Civil Veterinary Dept. North-West Frontier Province 1901-22 - 1901-1922
Year: 1901
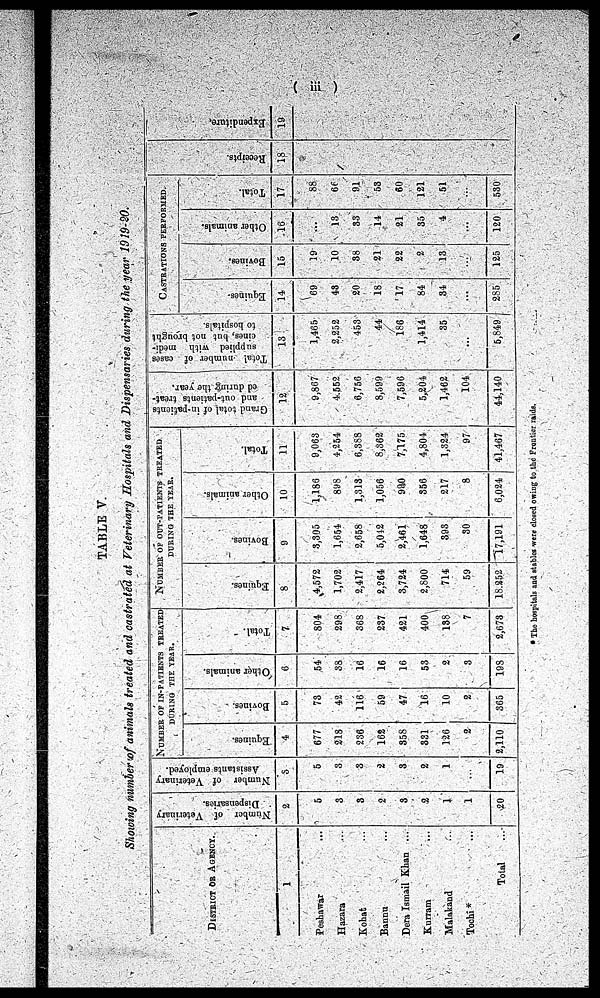
(iii)
TABLE V.
Showing number of animals treated and castrated at Veterinary Hospitals and Dispensaries during the year 1919-20.
DISTRICT OR AGENCY.
1
Peshawar ...
Hazara ...
Kohat ...
Bannu ...
Dera Ismail Khan ...
Kurram
...
Malakand ...
Tochi* ...
Total ...
Number of Veterinary
Dispensaries.
2
5
3
3
2
3
2
1
1
20
Number of Veterinary
Assistants employed.
3
5
3
3
2
3
2
1
...
19
NUMBER OF IN-PATIENTS TREATED
DURING THE YEAR.
Equines.
4
677
218
236
162
358
331
126
2
2,110
Bovines.
5
73
42
116
59
47
16
10
2
365
Other animals.
6
54
38
16
16
16
53
2
3
198
Total.
7
804
298
368
237
421
400
138
7
2,673
NUMBER OF OUT-PATIENTS TREATED
DURING THE YEAR.
Equines.
8
4,572
1,702
2,417
2,264
3,724
2,800
714
59
18,252
Bovines.
9
3,305
1,654
2,658
5,012
2,461
1,648
393
30
17,191
Other animals.
10
1,186
898
1,313
1,056
990
356
217
8
6,024
Total.
11
9,063
4,254
6,388
8,362
7,175
4,804
1,324
97
41,467
Grand total of in-patients
and out-patients treat-
ed during the year.
12
9,867
4,552
6,756
8,599
7,596
5,204
1,462
104
44,140
Total number of cases
supplied with medi-
cines, but not brought
to hospitals.
13
1,465
2,252
453
44
186
1,414
35
...
5,849
CASTRATIONS PERFORMED.
Equines.
14
69
43
20
18
17
84
34
...
285
Bovines.
15
19
10
38
21
22
2
13
...
125
Other animals.
16
...
13
33
14
21
35
4
...
120
Total.
17
88
66
91
53
60
121
51
...
530
Recei pt s .
18
Expe ndi t
ur e .
19
* The hospitals and stables were closed owing to the Frontier raids.